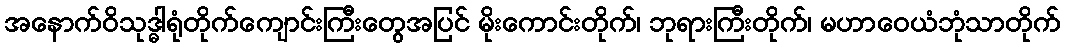
အနောက်ဝိသုဒ္ဓါရုံတိုက်ကျောင်းကြီးတွေအပြင် မိုးကောင်းတိုက်၊ ဘုရားကြီးတိုက်၊ မဟာဝေယံဘုံသာတိုက်